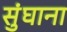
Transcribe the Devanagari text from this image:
सुंघाना